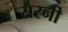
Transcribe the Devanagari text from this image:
सरनी